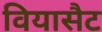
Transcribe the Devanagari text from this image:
वियासैट